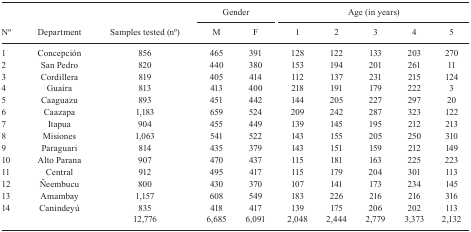
<table><thead><tr><td rowspan="3"><b>No</b></td><td rowspan="3"><b>Department</b></td><td rowspan="3"><b>Samples tested (no)</b></td><td colspan="2"><b>Gender</b></td><td colspan="5"><b>Age (in years)</b></td></tr><tr><td><b>M</b></td><td><b>F</b></td><td><b>1</b></td><td><b>2</b></td><td><b>3</b></td><td><b>4</b></td><td><b>5</b></td></tr></thead><tbody><tr><td>1</td><td>Concepción</td><td>856</td><td>465</td><td>391</td><td>128</td><td>122</td><td>133</td><td>203</td><td>270</td></tr><tr><td>2</td><td>San Pedro</td><td>820</td><td>440</td><td>380</td><td>153</td><td>194</td><td>201</td><td>261</td><td>11</td></tr><tr><td>3</td><td>Cordillera</td><td>819</td><td>405</td><td>414</td><td>112</td><td>137</td><td>231</td><td>215</td><td>124</td></tr><tr><td>4</td><td>Guaira</td><td>813</td><td>413</td><td>400</td><td>218</td><td>191</td><td>179</td><td>222</td><td>3</td></tr><tr><td>5</td><td>Caaguazu</td><td>893</td><td>451</td><td>442</td><td>144</td><td>205</td><td>227</td><td>297</td><td>20</td></tr><tr><td>6</td><td>Caazapa</td><td>1,183</td><td>659</td><td>524</td><td>209</td><td>242</td><td>287</td><td>323</td><td>122</td></tr><tr><td>7</td><td>Itapua</td><td>904</td><td>455</td><td>449</td><td>139</td><td>145</td><td>195</td><td>212</td><td>213</td></tr><tr><td>8</td><td>Misiones</td><td>1,063</td><td>541</td><td>522</td><td>143</td><td>155</td><td>205</td><td>250</td><td>310</td></tr><tr><td>9</td><td>Paraguari</td><td>814</td><td>435</td><td>379</td><td>143</td><td>151</td><td>159</td><td>212</td><td>149</td></tr><tr><td>10</td><td>Alto Parana</td><td>907</td><td>470</td><td>437</td><td>115</td><td>181</td><td>163</td><td>225</td><td>223</td></tr><tr><td>11</td><td>Central</td><td>912</td><td>495</td><td>417</td><td>115</td><td>179</td><td>204</td><td>301</td><td>113</td></tr><tr><td>12</td><td>Ñeembucu</td><td>800</td><td>430</td><td>370</td><td>107</td><td>141</td><td>173</td><td>234</td><td>145</td></tr><tr><td>13</td><td>Amambay</td><td>1,157</td><td>608</td><td>549</td><td>183</td><td>226</td><td>216</td><td>216</td><td>316</td></tr><tr><td>14</td><td>Canindeyú</td><td>835</td><td>418</td><td>417</td><td>139</td><td>175</td><td>206</td><td>202</td><td>113</td></tr><tr><td> </td><td> </td><td>12,776</td><td>6,685</td><td>6,091</td><td>2,048</td><td>2,444</td><td>2,779</td><td>3,373</td><td>2,132</td></tr></tbody></table>